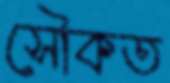
সৌকত